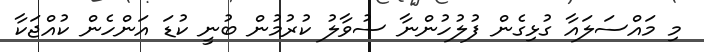
މި މައްސަލައާ ގުޅިގެން ފުލުހުންނާ ސުވާލު ކުރުމުން ބުނީ ކުޑަ އަންހެން ކުއްޖަކާ